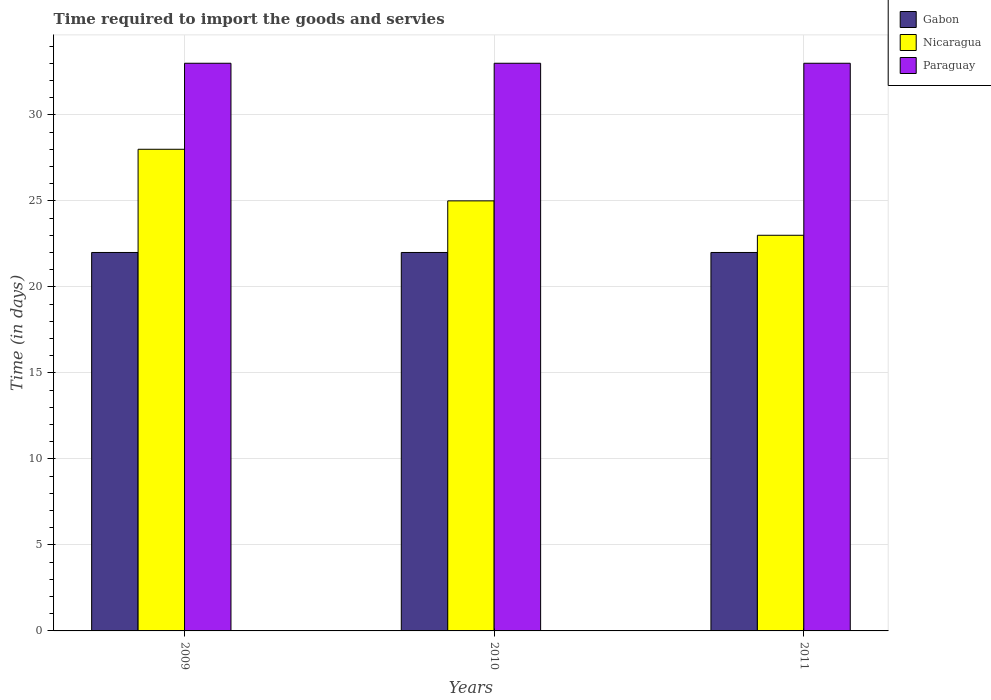
| Years | Gabon | Nicaragua | Paraguay |
 | --- | --- | --- | --- |
 | 2009 | 22 | 28 | 33 |
 | 2010 | 22 | 25 | 33 |
 | 2011 | 22 | 23 | 33 |